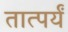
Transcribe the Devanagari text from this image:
तात्पर्यं